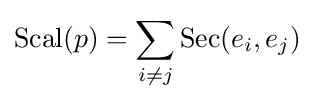
\operatorname {Scal} (p)=\sum _{i\neq j}\operatorname {Sec} (e_{i},e_{j})